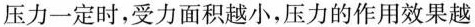
压力一定时，受力面积越小，压力的作用效果越